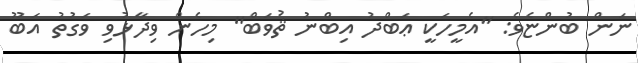
ނަން ބުންޏެވެ: "އެމީހަކީ ޢަބްދު އިބްނު ޘުވަބް" މިހެން ވިދާޅުވި ވަގުތު އަބޫ